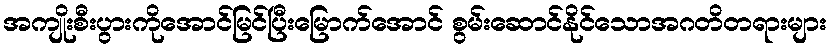
အကျိုးစီးပွားကိုအောင်မြင်ပြီးမြောက်အောင် စွမ်းဆောင်နိုင်သောအဂတိတရားများ